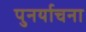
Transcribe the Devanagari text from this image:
पुनर्याचना